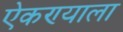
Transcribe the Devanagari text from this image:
ऐकण्याला